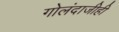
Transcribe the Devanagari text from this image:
गोलंदाजीही